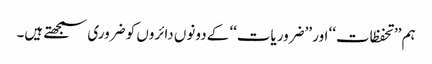
ہم ’’تحفظات‘‘ اور ’’ضروریات‘‘ کے دونوں دائروں کو ضروری سمجھتے ہیں۔